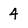
Character: 4